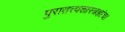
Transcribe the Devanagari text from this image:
पुरातत्त्वशास्त्रज्ञांचा